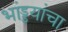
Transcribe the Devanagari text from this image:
भांड्डयांचा